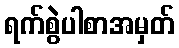
ရက်စွဲပါစာအမှတ်